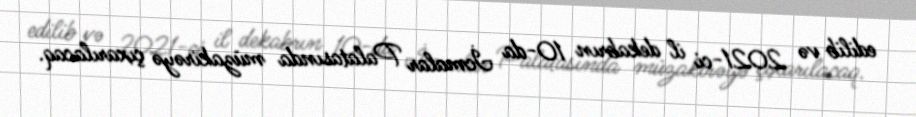
edilib və 2021-ci il dekabrın 10-da İcmalar Palatasında müzakirəyə çıxarılacaq.